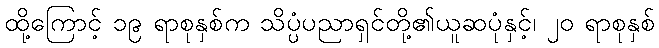
ထို့ကြောင့် ၁၉ ရာစုနှစ်က သိပ္ပံပညာရှင်တို့၏ယူဆပုံနှင့်၊ ၂၀ ရာစုနှစ်